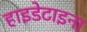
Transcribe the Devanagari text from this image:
हाइडेटाइना